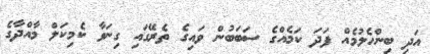
އަދި ބިންހެލުމެއް ފަދަ ކަމެއްގެ ސަބަބުން ވައިގެ ތެރޭގައި ގިނަވާ ކެމިކަލް މާއްދާގެ